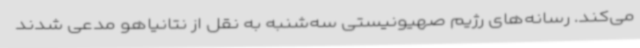
می‌کند. رسانه‌های رژیم صهیونیستی سه‌شنبه به نقل از نتانیاهو مدعی شدند